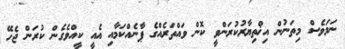
ނަމަވެސް މިތަނުން އިޚްތިޔާރުކުރަންވީ ކޮން ވައްތަރެއްގެ ޕާނެއްކަމާއި އެއީ ކީއްވެގެން ކުރަން ޖެހޭ